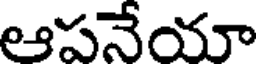
ఆపనేయా